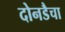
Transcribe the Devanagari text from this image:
दोनडैचा